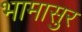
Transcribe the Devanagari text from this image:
भामासुर